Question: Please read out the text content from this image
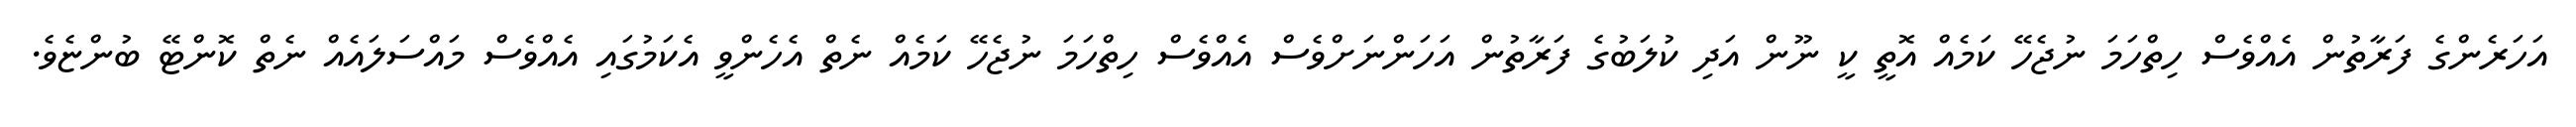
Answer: އަހަރެންގެ ފަރާތުން އެއްވެސް ހިތްހަމަ ނުޖެހޭ ކަމެއް އޮތީ ކީ ނޫން އަދި ކުލަބުގެ ފަރާތުން އަހަންނަށްވެސް އެއްވެސް ހިތްހަމަ ނުޖެހޭ ކަމެއް ނެތް އެހެންވީ އެކަމުގައި އެއްވެސް މައްސަލައެއް ނެތް ކޮންޓޭ ބުންޏެވެ.